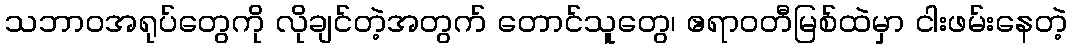
သဘာဝအရုပ်တွေကို လိုချင်တဲ့အတွက် တောင်သူတွေ၊ ဧရာဝတီမြစ်ထဲမှာ ငါးဖမ်းနေတဲ့